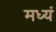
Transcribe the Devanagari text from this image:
मध्यं